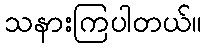
သနားကြပါတယ်။